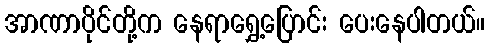
အာဏာပိုင်တို့က နေရာရွှေ့ပြောင်း ပေးနေပါတယ်။